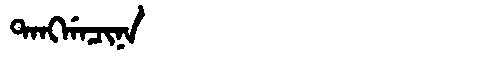
Manchu: ᡨᠠᠩᡤᠠᠴᡳᠨᠠ
Romanization: TANGGACINA